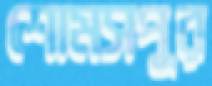
শোমসপুর